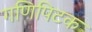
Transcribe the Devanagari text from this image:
गणिपिटक